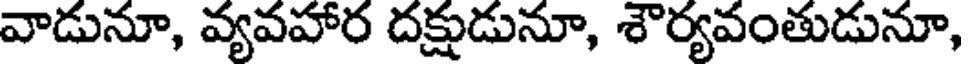
వాడునూ, వ్యవహార దక్షుడునూ, శౌర్యవంతుడునూ,